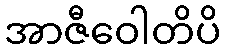
အာဇီဝေါတိပိ